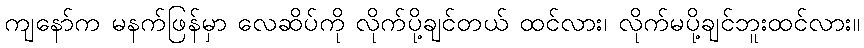
ကျနော်က မနက်ဖြန်မှာ လေဆိပ်ကို လိုက်ပို့ချင်တယ် ထင်လား၊ လိုက်မပို့ချင်ဘူးထင်လား။